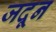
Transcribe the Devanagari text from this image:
जदून